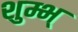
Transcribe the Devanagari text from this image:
शुम्भ्